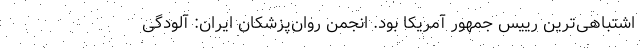
اشتباهی‌ترین رییس جمهور آمریکا بود. انجمن روان‌پزشکان ایران: آلودگی